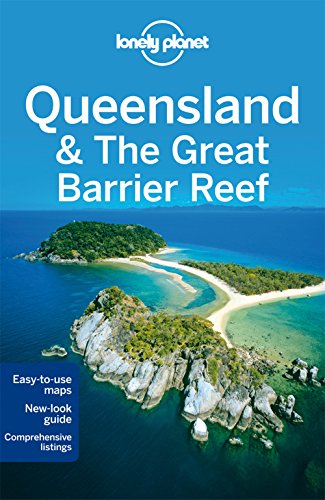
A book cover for Lonely Planet Queensland & the Great Barrier Reef (Travel Guide); Lonely Planet; Sports & Outdoors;